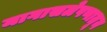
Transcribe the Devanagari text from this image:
मागासलेपणातून